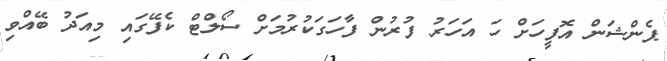
ޕެންޝަން އޮފީހަށް ހަ އަހަރު ފުރުން ފާހަގަކުރުމަށް ސޯލްޓް ކެފޭގައި މިއަދު ބޭއްވި